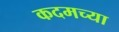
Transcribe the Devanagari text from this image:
कदमच्या